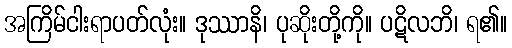
အကြိမ်ငါးရာပတ်လုံး။ ဒုဿာနိ၊ ပုဆိုးတို့ကို။ ပဋိလဘိ၊ ရ၏။